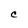
Character: C